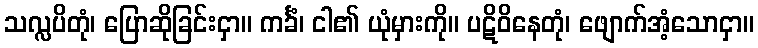
သလ္လပိတုံ၊ ပြောဆိုခြင်းငှာ။ ကင်္ခံ၊ ငါ၏ ယုံမှားကို။ ပဋိဝိနေတုံ၊ ဖျောက်အံ့သောငှာ။